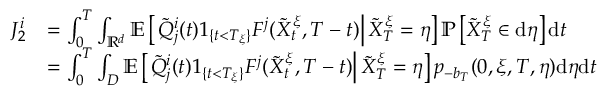
\begin{array} { r l } { J _ { 2 } ^ { i } } & { = \int _ { 0 } ^ { T } \int _ { \mathbb { R } ^ { d } } \mathbb { E } \left[ \left. \tilde { Q } _ { j } ^ { i } ( t ) 1 _ { \{ t < T _ { \xi } \} } F ^ { j } ( \tilde { X } _ { t } ^ { \xi } , T - t ) \right| \tilde { X } _ { T } ^ { \xi } = \eta \right] \mathbb { P } \left[ \tilde { X } _ { T } ^ { \xi } \in \mathrm { d } \eta \right] \mathrm { d } t } \\ & { = \int _ { 0 } ^ { T } \int _ { D } \mathbb { E } \left[ \left. \tilde { Q } _ { j } ^ { i } ( t ) 1 _ { \{ t < T _ { \xi } \} } F ^ { j } ( \tilde { X } _ { t } ^ { \xi } , T - t ) \right| \tilde { X } _ { T } ^ { \xi } = \eta \right] p _ { - b _ { T } } ( 0 , \xi , T , \eta ) \mathrm { d } \eta \mathrm { d } t } \end{array}